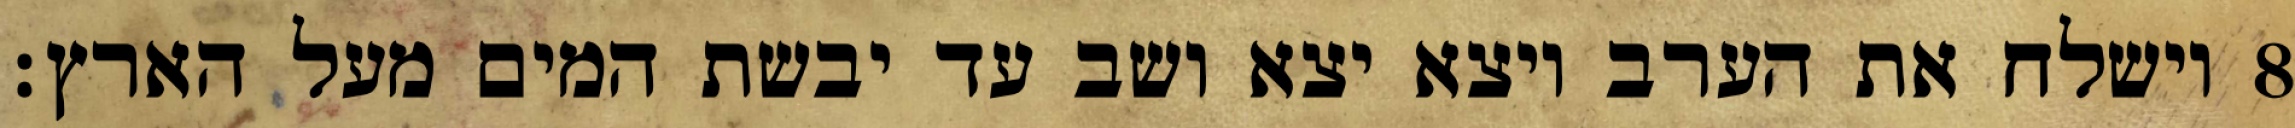
וישלח את הערב ויצא יצא ושב עד יבשת המים מעל הארץ׃ ‎8‏